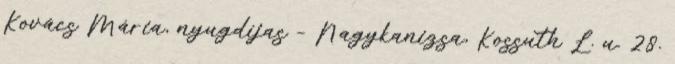
Kovács Mária, nyugdíjas – Nagykanizsa, Kossuth L. u. 28.